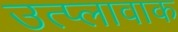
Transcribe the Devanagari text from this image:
उत्प्लावाक